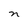
Character: n